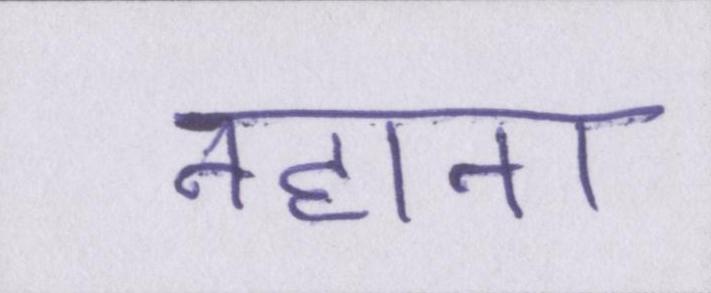
नहाना